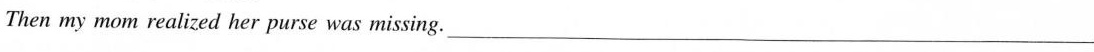
Then my mom realized her purse was missing____